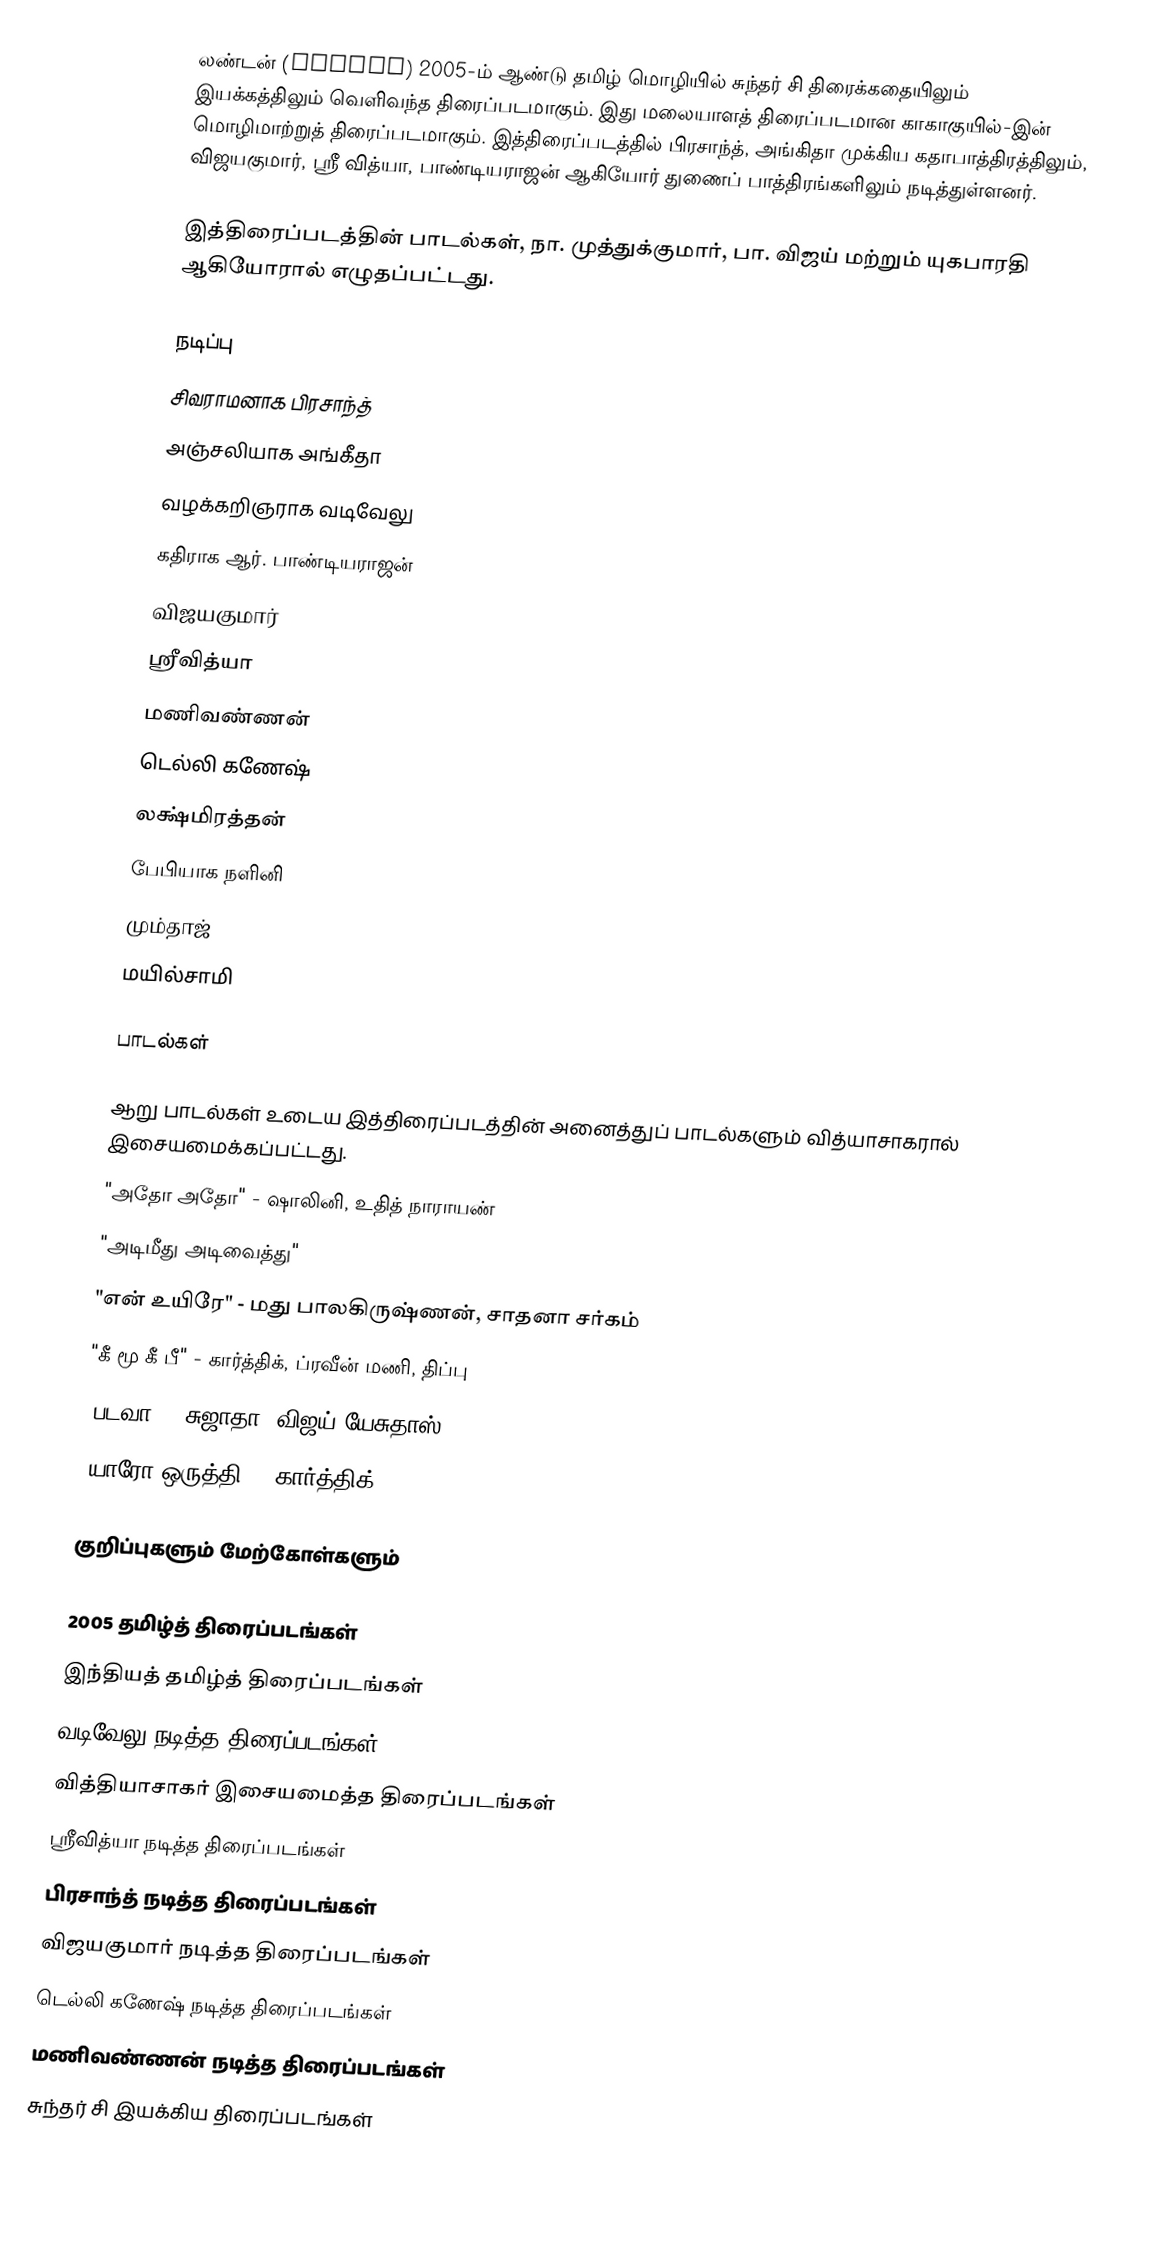
லண்டன் (London) 2005-ம் ஆண்டு தமிழ் மொழியில் சுந்தர் சி திரைக்கதையிலும் இயக்கத்திலும் வெளிவந்த திரைப்படமாகும். இது மலையாளத் திரைப்படமான காகாகுயில்-இன் மொழிமாற்றுத் திரைப்படமாகும். இத்திரைப்படத்தில் பிரசாந்த், அங்கிதா முக்கிய கதாபாத்திரத்திலும், விஜயகுமார், ஸ்ரீ வித்யா, பாண்டியராஜன் ஆகியோர் துணைப் பாத்திரங்களிலும் நடித்துள்ளனர்.

இத்திரைப்படத்தின் பாடல்கள், நா. முத்துக்குமார், பா. விஜய் மற்றும் யுகபாரதி ஆகியோரால் எழுதப்பட்டது.

நடிப்பு
 சிவராமனாக பிரசாந்த்
 அஞ்சலியாக அங்கீதா
 வழக்கறிஞராக வடிவேலு
 கதிராக ஆர். பாண்டியராஜன்
 விஜயகுமார்
 ஸ்ரீவித்யா
 மணிவண்ணன்
 டெல்லி கணேஷ்
 லக்ஷ்மிரத்தன்
 பேபியாக நளினி
 மும்தாஜ்
 மயில்சாமி

பாடல்கள்

ஆறு பாடல்கள் உடைய இத்திரைப்படத்தின் அனைத்துப் பாடல்களும் வித்யாசாகரால் இசையமைக்கப்பட்டது.
 "அதோ அதோ" - ஷாலினி, உதித் நாராயண்
 "அடிமீது அடிவைத்து"
 "என் உயிரே" - மது பாலகிருஷ்ணன், சாதனா சர்கம்
 "கீ மூ கீ பீ" - கார்த்திக், ப்ரவீன் மணி, திப்பு
 "படவா" - சுஜாதா, விஜய் யேசுதாஸ்
 "யாரோ ஒருத்தி" - கார்த்திக்

குறிப்புகளும் மேற்கோள்களும்

2005 தமிழ்த் திரைப்படங்கள்
இந்தியத் தமிழ்த் திரைப்படங்கள்
வடிவேலு நடித்த திரைப்படங்கள்
வித்தியாசாகர் இசையமைத்த திரைப்படங்கள்
ஸ்ரீவித்யா நடித்த திரைப்படங்கள்
பிரசாந்த் நடித்த திரைப்படங்கள்
விஜயகுமார் நடித்த திரைப்படங்கள்
டெல்லி கணேஷ் நடித்த திரைப்படங்கள்
மணிவண்ணன் நடித்த திரைப்படங்கள்
சுந்தர் சி இயக்கிய திரைப்படங்கள்